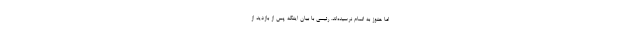
اما هنوز به اتمام نرسیده‌اند. رئیسی با بیان اینکه پس از بازدید از